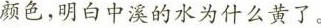
颜色，明白中溪的水为什么黄了。